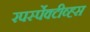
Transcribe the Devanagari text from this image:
रपर्स्पेक्टीव्ह्स